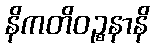
နိကတိဝဉ္စနာနိ